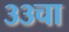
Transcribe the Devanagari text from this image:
३३चा